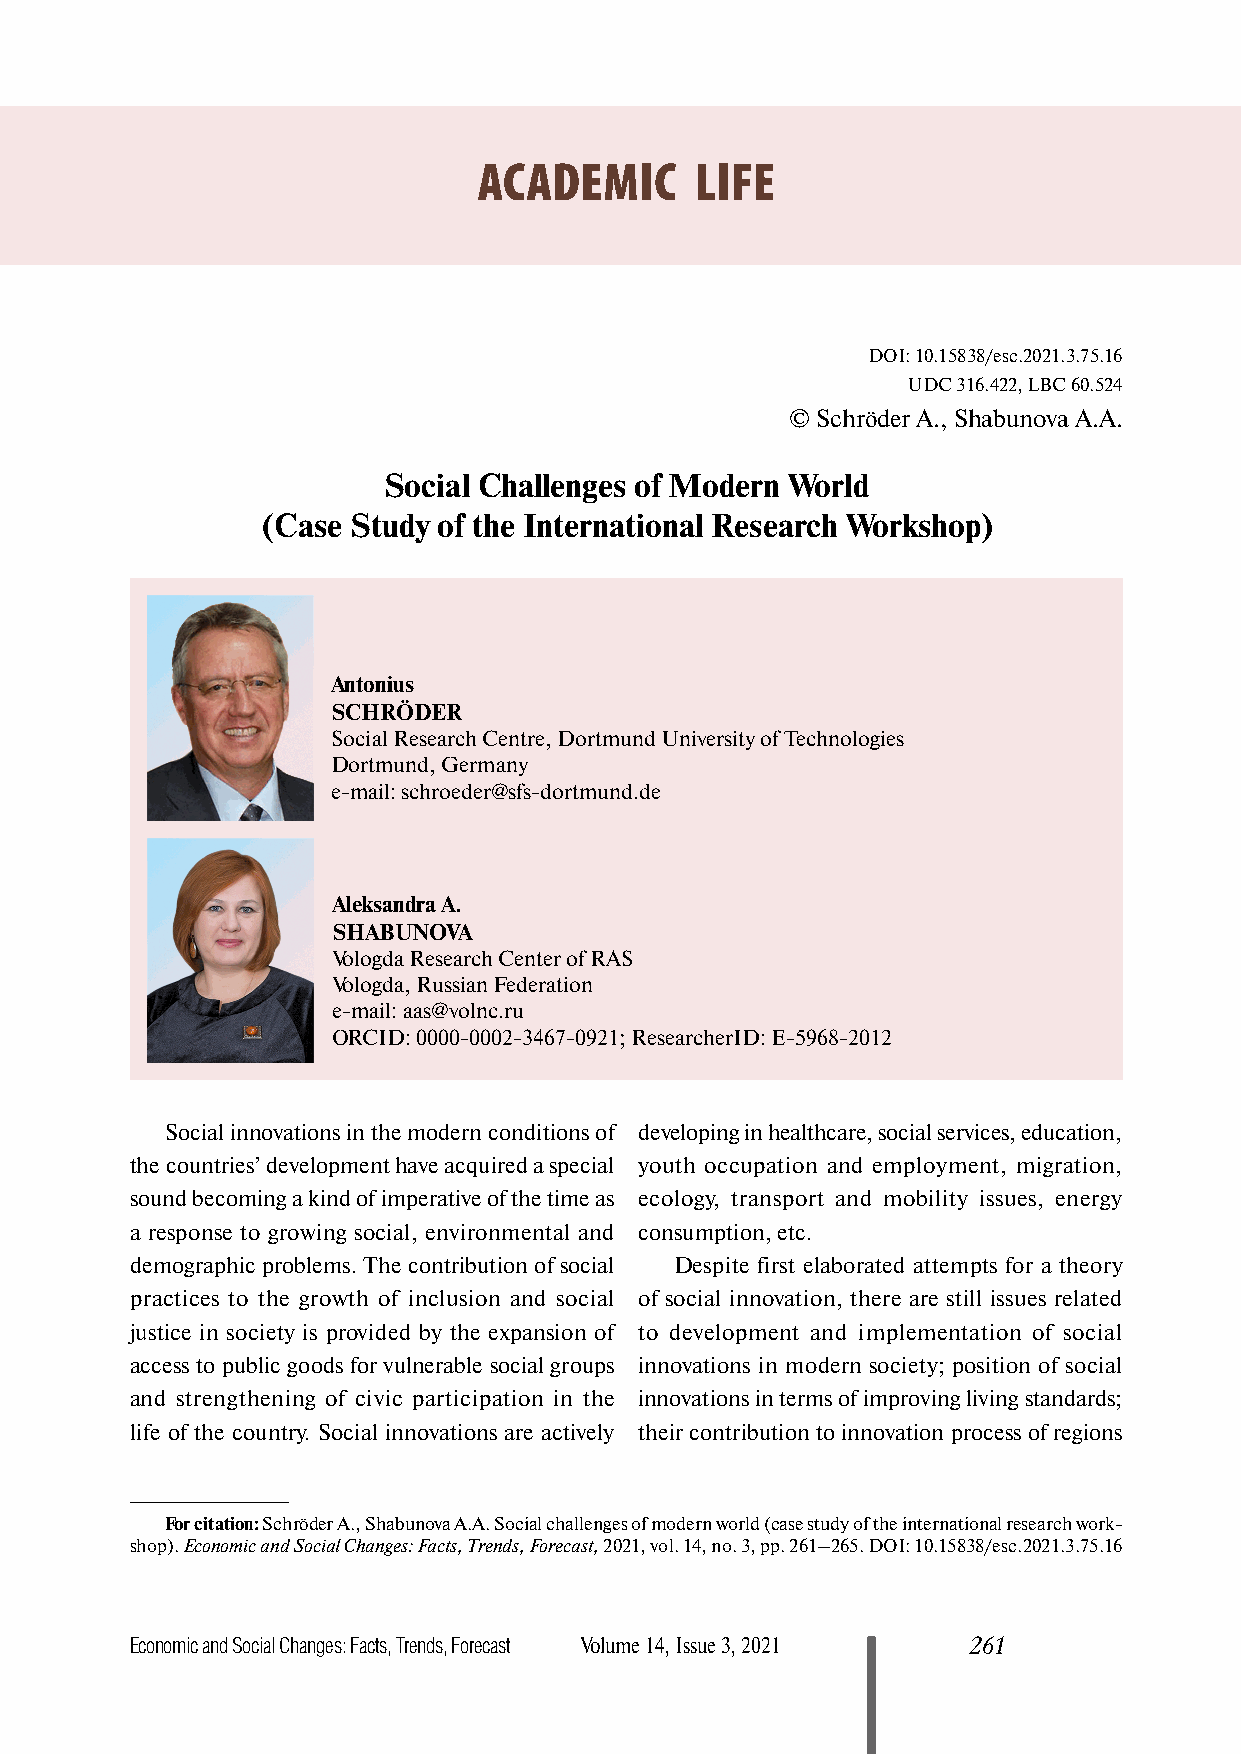
ACADEMIC      LIFE
 DOI: 10.15838/esc.2021.3.75.16
 UDC 316.422, LBC 60.524
 © Schröder А., Shabunova A.А.
 Social Challenges of Modern World
 (Case Study of the International Research Workshop)
 Antonius
 SCHRÖDER
 Social Research Centre, Dortmund University of Technologies
 Dortmund, Germany
 е-mail: schroeder@sfs-dortmund.de
 Aleksandra A.
 SHABUNOVA
 Vologda Research Center of RAS
 Vologda, Russian Federation
 е-mail: aas@volnc.ru
 ORCID: 0000-0002-3467-0921; ResearcherID: E-5968-2012
 Social innovations in the modern conditions of developing in healthcare, social services, education,
 the countries’ development have acquired a special youth occupation and employment, migration,
 sound becoming a kind of imperative of the time as ecology, transport and mobility issues, energy
 a response to growing social, environmental and consumption, etc.
 demographic problems. The contribution of social Despite first elaborated attempts for a theory
 practices to the growth of inclusion and social of social innovation, there are still issues related
 justice in society is provided by the expansion of to development and implementation of social
 access to public goods for vulnerable social groups innovations in modern society; position of social
 and strengthening of civic participation in the innovations in terms of improving living standards;
 life of the country. Social innovations are actively their contribution to innovation process of regions
 For citation: Schröder А., Shabunova А.A. Social challenges of modern world (case study of the international research work-
 shop). Economic and Social Changes: Facts, Trends, Forecast, 2021, vol. 14, no. 3, pp. 261–265. DOI: 10.15838/esc.2021.3.75.16
 Economic and Social Changes: Facts, Trends, Forecast Volume 14, Issue 3, 2021 261